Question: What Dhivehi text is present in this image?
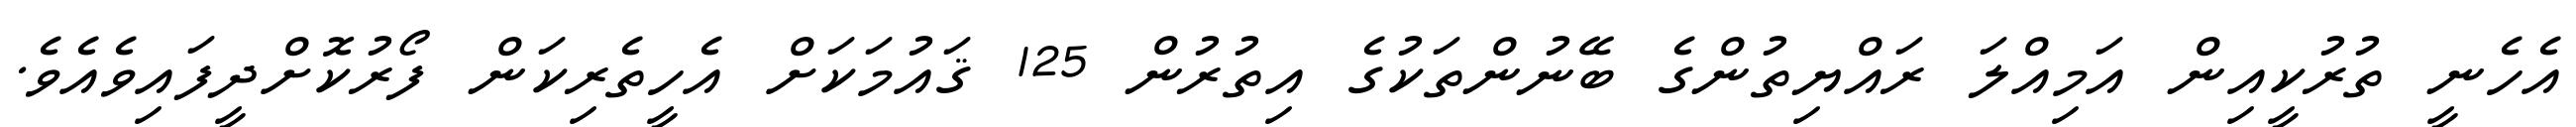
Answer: އެހެނީ ތުރުކީއިން އަމިއްލަ ރައްޔިތުންގެ ބޭނުންތަކުގެ އިތުރުން 125 ޤައުމަކަށް އެހީތެރިކަން ފޯރުކޮށްދީފައިވެއެވެ.